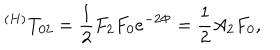
^ { ( H ) } T _ { 0 2 } = \frac 1 2 F _ { 2 } F _ { 0 } e ^ { - 2 \Phi } = \frac 1 2 A _ { 2 } F _ { 0 } ,